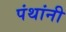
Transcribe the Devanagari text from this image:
पंथांनी